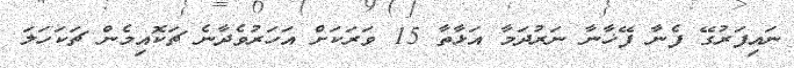
ނައިފަރުގޭ ފެނާ ފޭޚާނާ ނަރުދަމާ އަޅާތާ 15 ވަރަކަށް އަހަރުވެދާނެ ޗަކޮއިމެން ޗަކަހަލަ